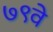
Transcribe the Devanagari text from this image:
७९वे